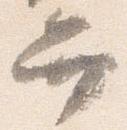
弁